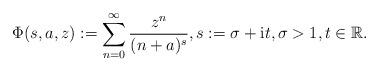
LaTeX: \begin{align*}\Phi (s,a,z) := \sum_{n=0}^{\infty} \frac{z^n}{(n+a)^s}, s := \sigma + {\rm{i}}t, \sigma >1 , t \in {\mathbb{R}}.\end{align*}